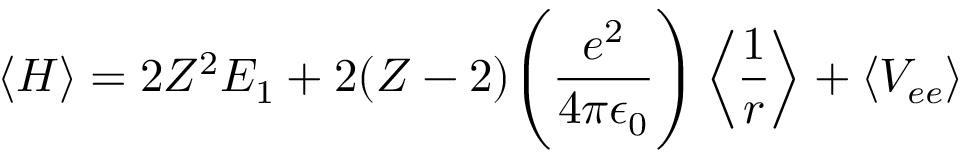
\langle H \rangle = 2 Z ^ { 2 } E _ { 1 } + 2 ( Z - 2 ) { \Bigg ( } { \frac { e ^ { 2 } } { 4 \pi \epsilon _ { 0 } } } { \Bigg ) } \left\langle { \frac { 1 } { r } } \right\rangle + \left\langle V _ { e e } \right\rangle